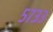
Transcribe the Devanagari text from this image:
५७३३